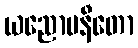
ယညောပနီတော